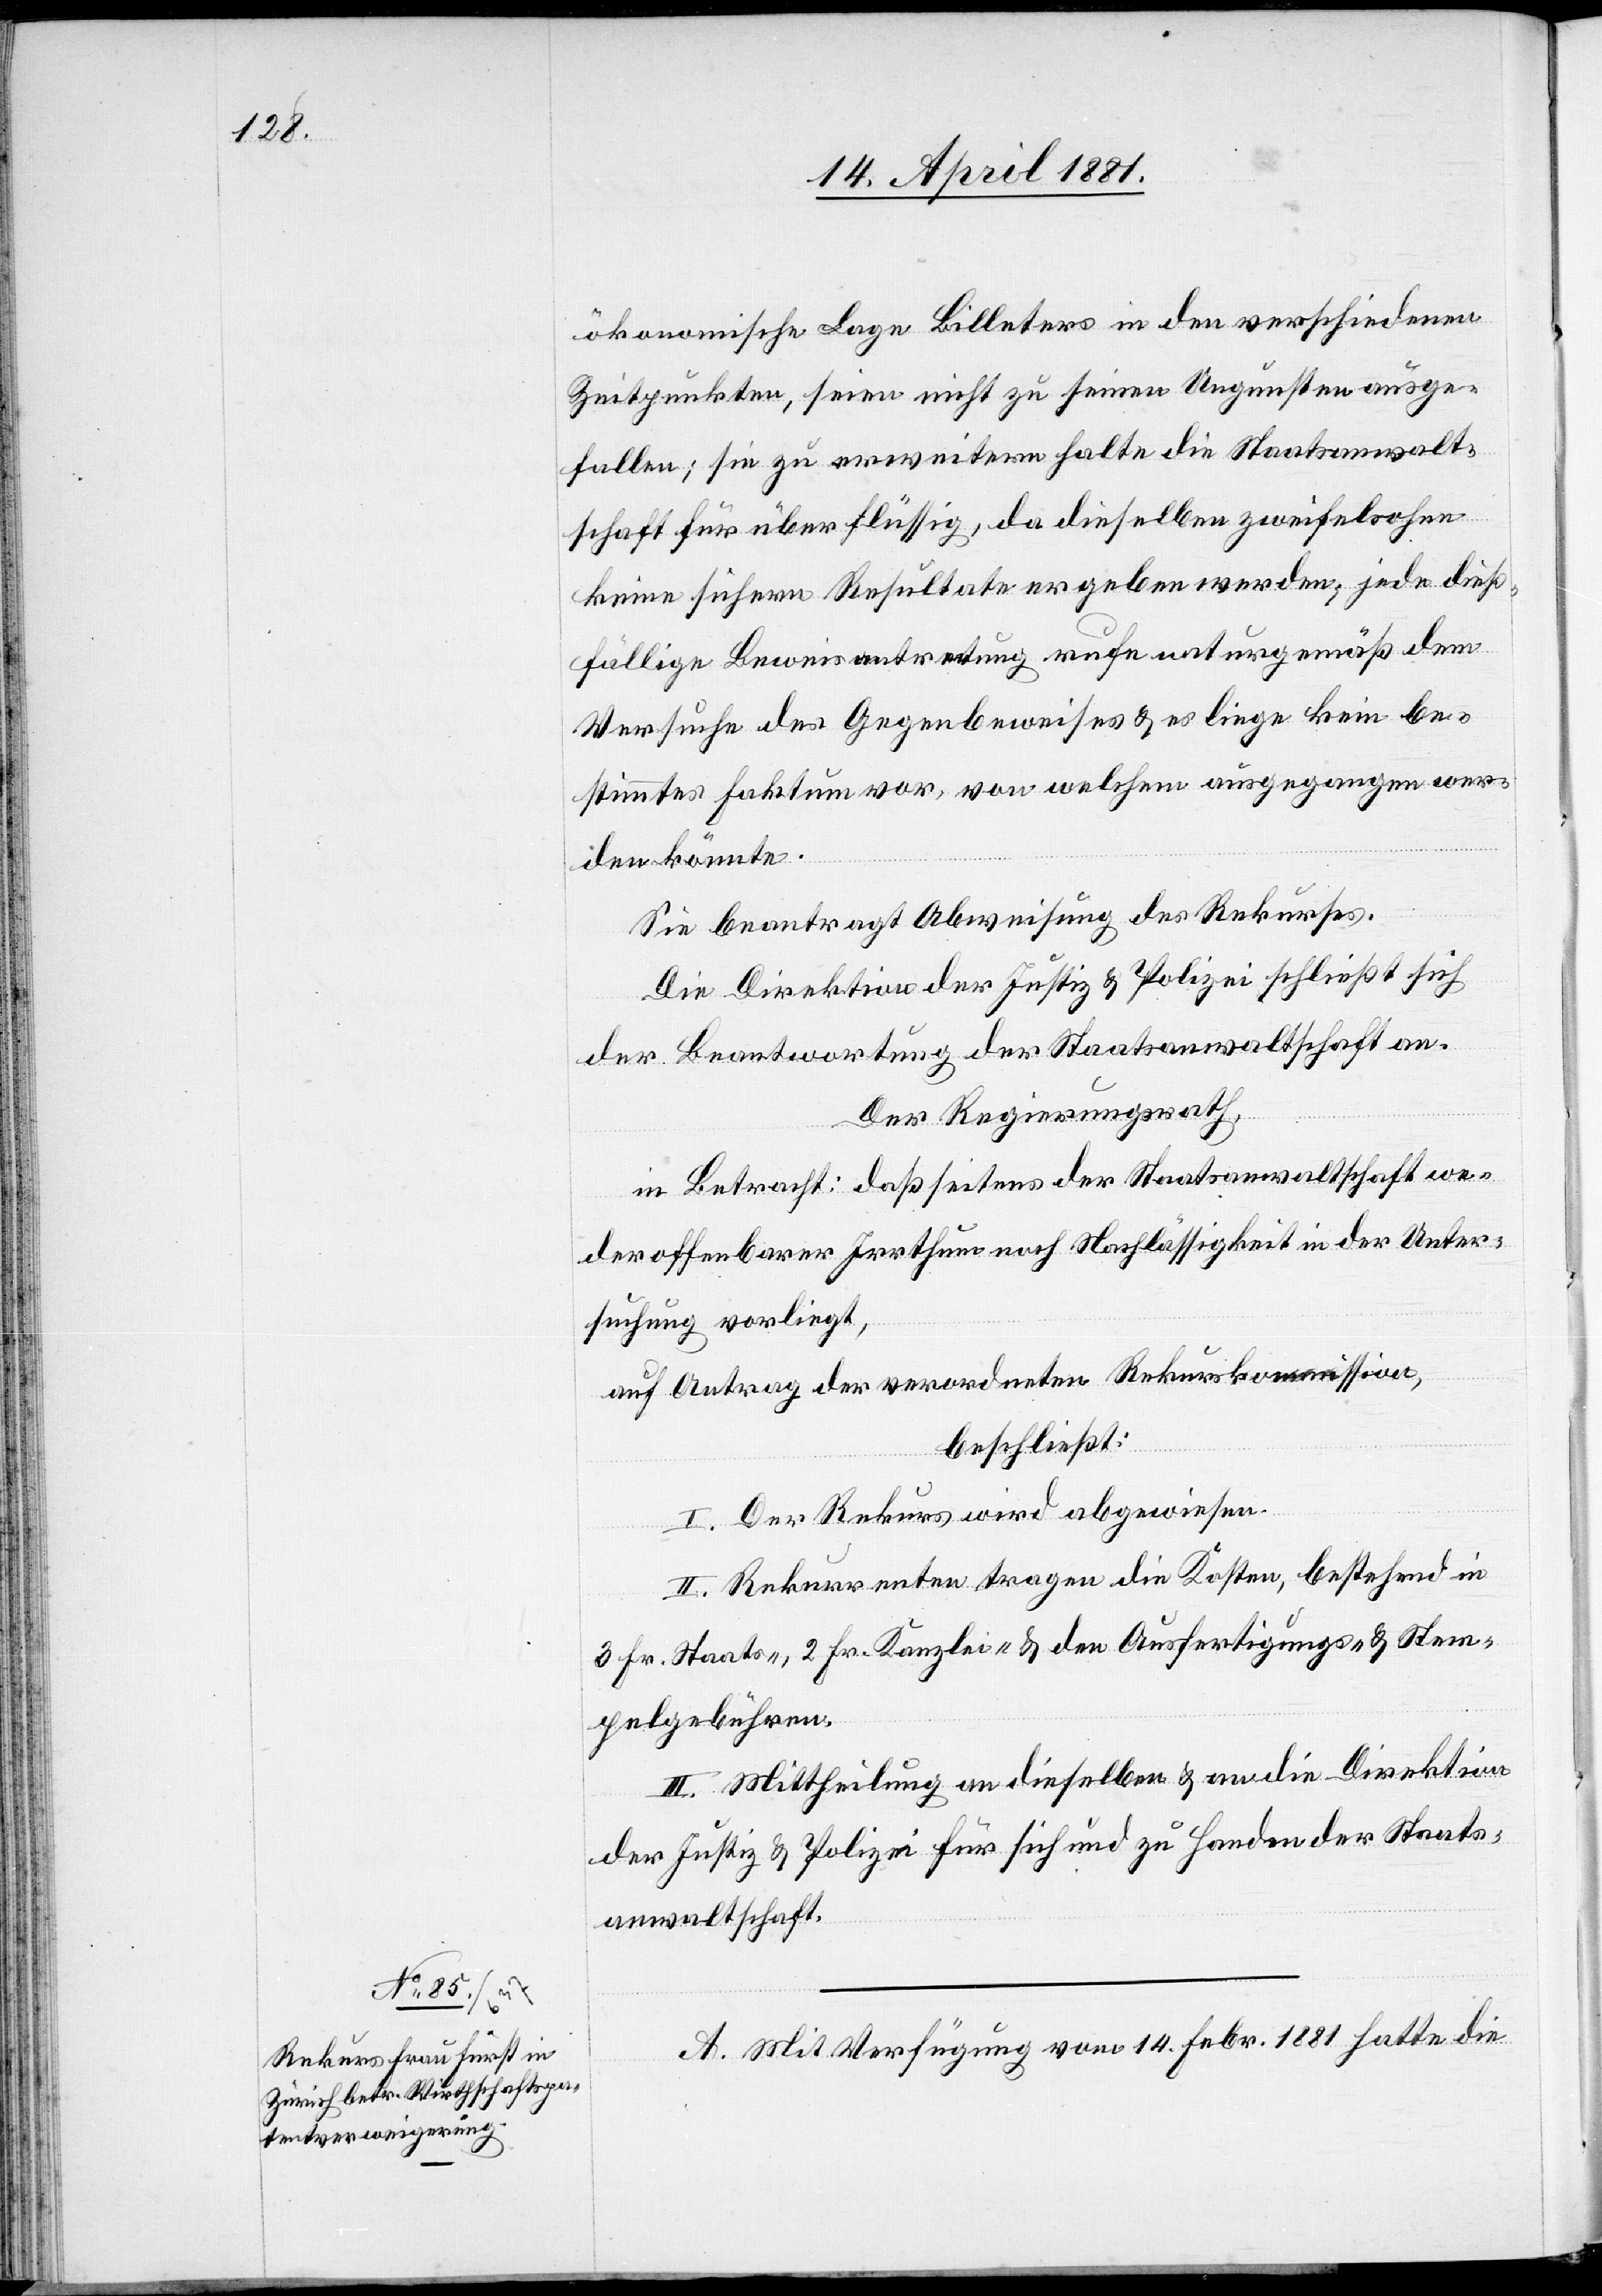
ökonomische Lage Billeters in den verschiedenen
Zeitpunkten, seien nicht zu seinen Ungunsten ausge¬
fallen; sie zu erweitern halte die Staatsanwalt¬
schaft für überflüssig, da dieselben zweifelsohne
keine sichern Resultate ergeben werden, jede dieß¬
fällige Beweisantretung rufe naturgemäß dem
Versuch des Gegenbeweises & es liege kein be¬
stimmtes Faktum vor, von welchem ausgegangen wer¬
den könnte.
Sie beantragt Abweisung des Rekurses.
Die Direktion der Justiz & Polizei schließt sich
der Beantwortung der Staatsanwaltschaft an.
Der Regierungsrath,
in Betracht: daß seitens der Staatsanwaltschaft we¬
der offenbarer Irrthum noch Nachlässigkeit in der Unter¬
suchung vorliegt,
auf Antrag der verordneten Rekurskommission,
beschließt:
I. Der Rekurs wird abgewiesen.
II. Rekurrenten tragen die Kosten, bestehend in
3 Fr. Staats-, 2 Fr. Kanzlei- den Ausfertigungs- & Stem¬
pelgebühren.
III. Mittheilung an dieselben & an die Direktion
der Justiz & Polizei für sich und zu Handen der Staats¬
anwaltschaft.
A. Mit Verfügung vom 14. Febr. 1881 hatte die